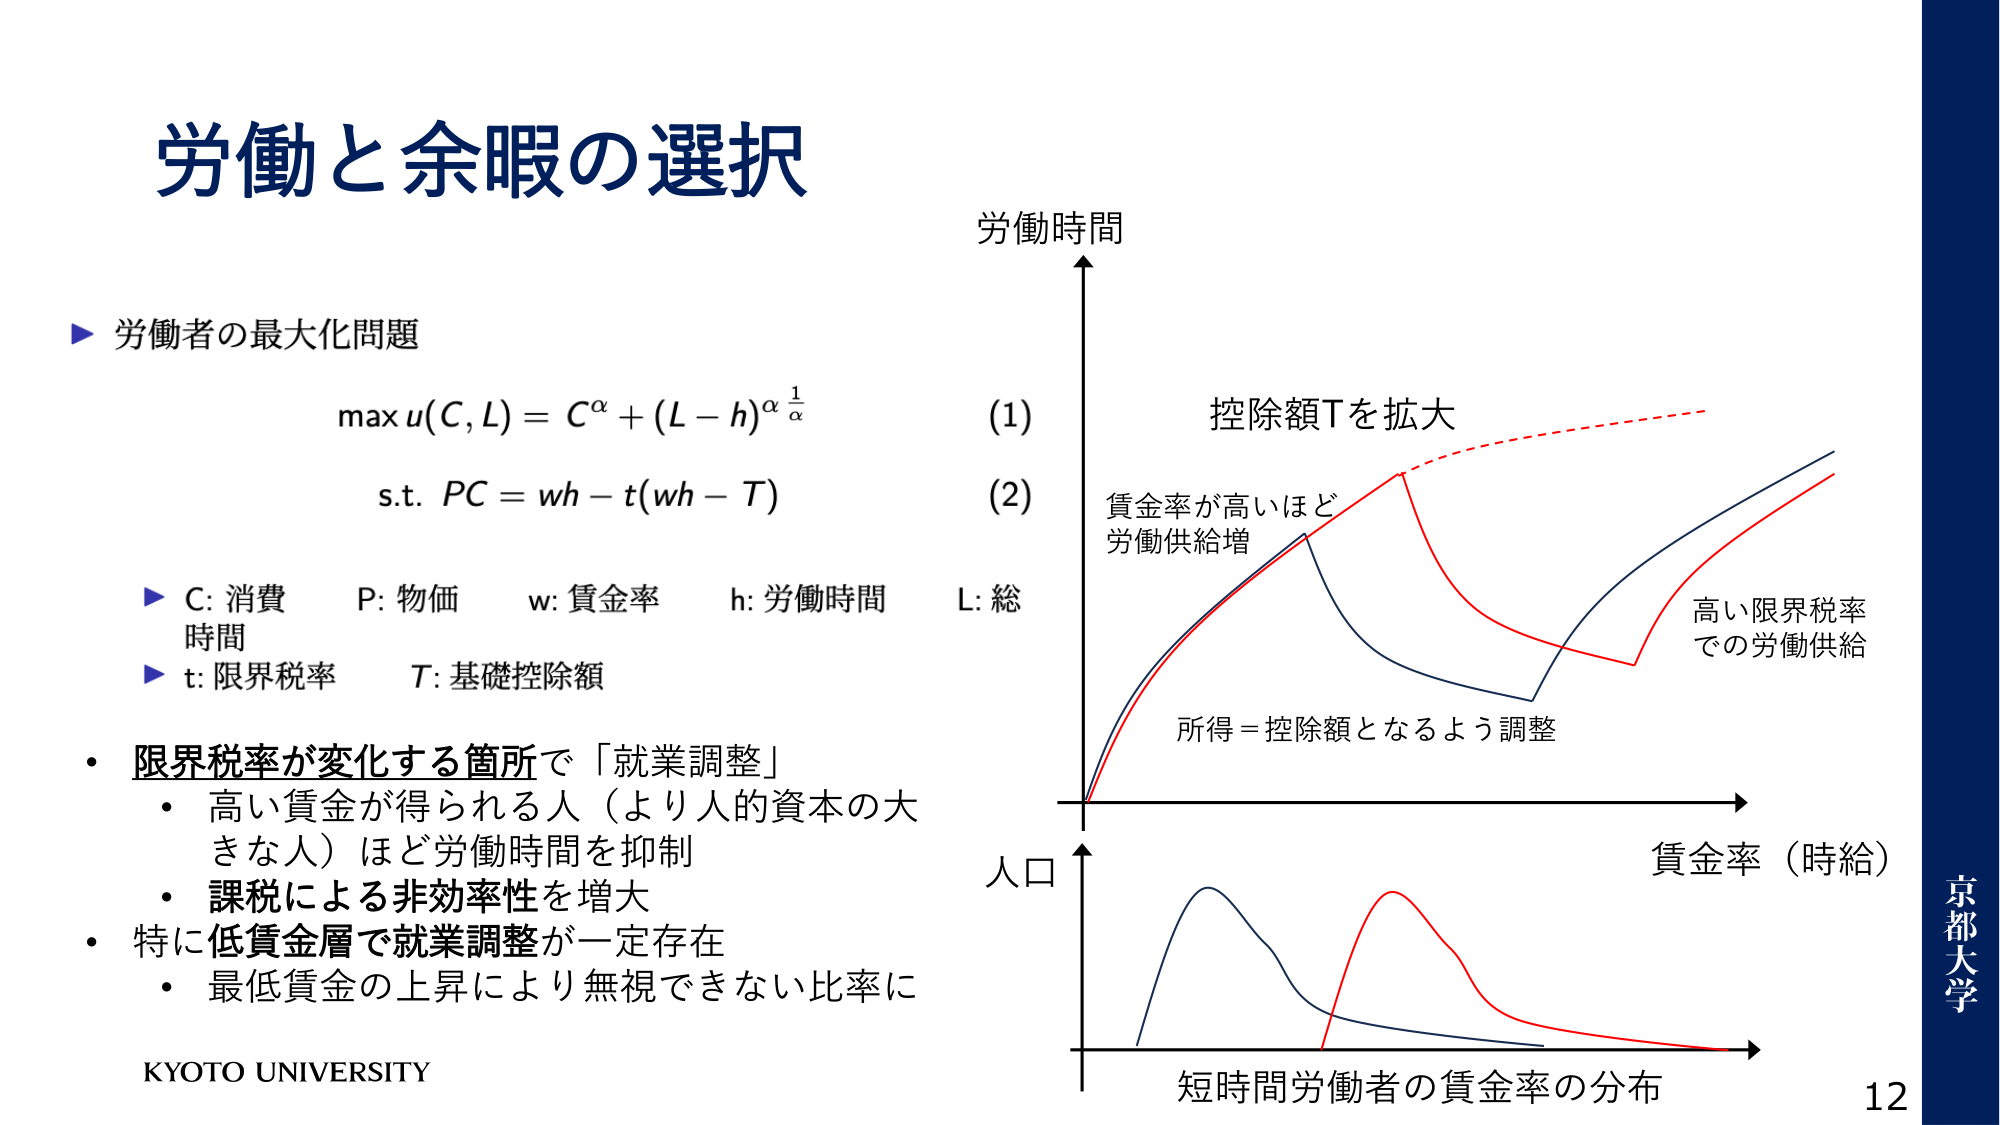
労働と余暇の選択

▶ 労働者の最大化問題
max u(C, L) = C^α + (L - h)^α * 1/α  (1)
s.t. PC = wh - t(wh - T)  (2)

▶ C: 消費　P: 物価　w: 賃金率　h: 労働時間
▶ t: 限界税率　T: 基礎控除額

・限界税率が変化する箇所で「就業調整」
　・高い賃金が得られる人（より人的資本の大きな人）ほど労働時間を抑制
　・課税による非効率性を増大
・特に低賃金層で就業調整が一定存在
　・最低賃金の上昇により無視できない比率に

KYOTO UNIVERSITY

労働時間
L: 総

控除額Tを拡大
賃金率が高いほど
労働供給増
所得＝控除額となるよう調整
高い限界税率
での労働供給

人口
賃金率（時給）
短時間労働者の賃金率の分布

京都大学
12